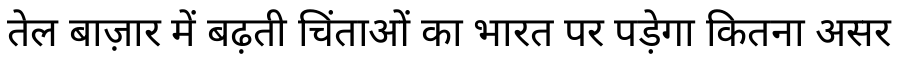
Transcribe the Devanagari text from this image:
तेल बाज़ार में बढ़ती चिंताओं का भारत पर पड़ेगा कितना असर